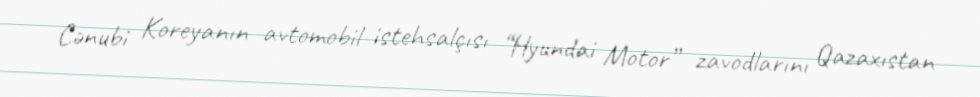
Cənubi Koreyanın avtomobil istehsalçısı “Hyundai Motor” zavodlarını Qazaxıstan